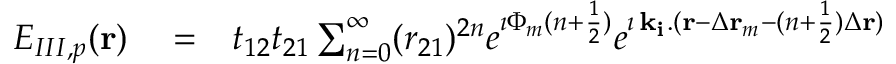
\begin{array} { r l r } { E _ { I I I , p } ( { \bf r } ) } & { { } = } & { t _ { 1 2 } t _ { 2 1 } \sum _ { n = 0 } ^ { \infty } ( r _ { 2 1 } ) ^ { 2 n } e ^ { \imath \Phi _ { m } ( n + \frac { 1 } { 2 } ) } e ^ { \imath \, { \bf k _ { i } } . ( { \bf r } - \Delta { \bf r } _ { m } - ( n + \frac { 1 } { 2 } ) \Delta { \bf r } ) } } \end{array}